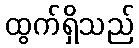
ထွက်ရှိသည်